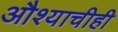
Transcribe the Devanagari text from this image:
औश्याचीही